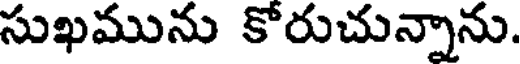
సుఖమును కోరుచున్నాను.